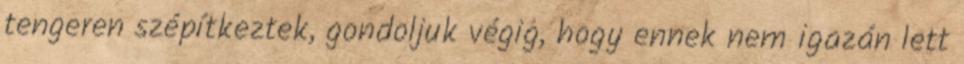
tengeren szépítkeztek, gondoljuk végig, hogy ennek nem igazán lett